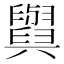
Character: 𦦲